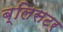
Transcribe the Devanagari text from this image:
ब्लिसटर